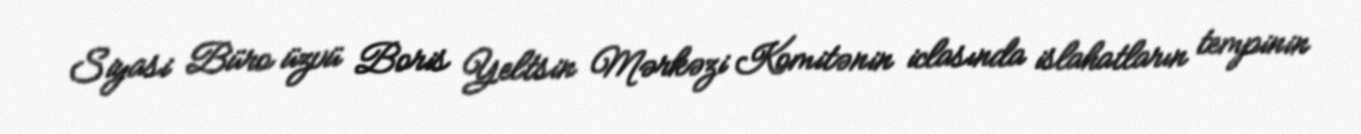
Siyasi Büro üzvü Boris Yeltsin Mərkəzi Komitənin iclasında islahatların tempinin